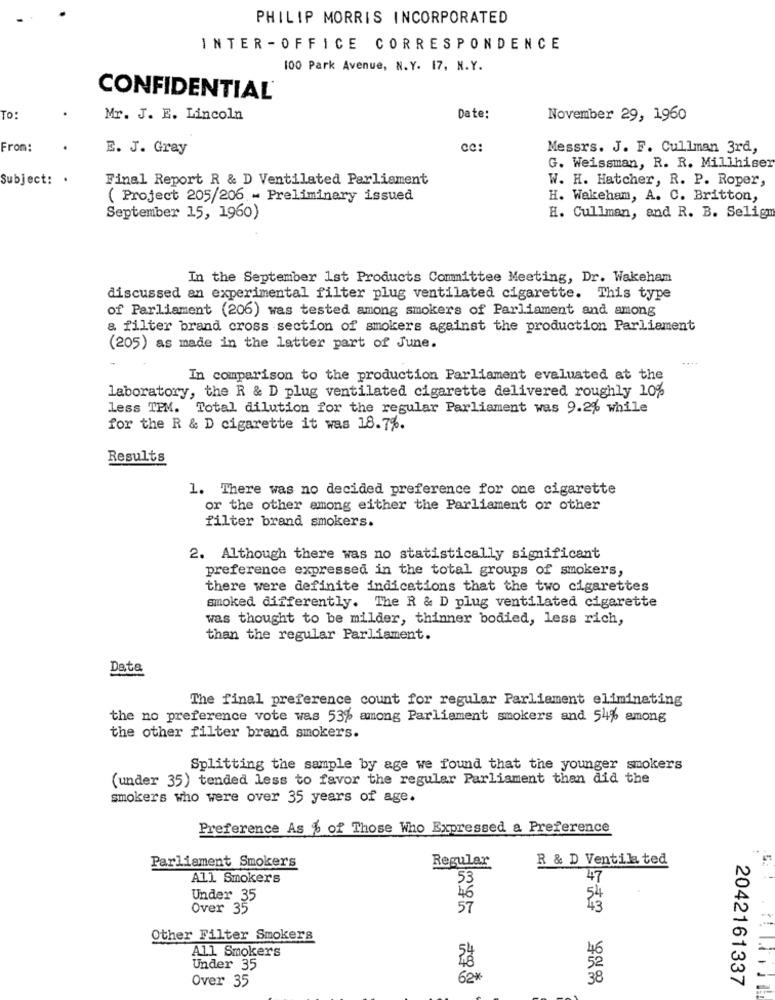
PHILIP MORRIS INCORPORATED
INTER-OFFICE CORRESPONDENCE
100 Park Avenue, N.Y. 17, N.Y.
CONFIDENTIAL
TO:
Mr. J. E. Lincoln
Date:
November 29, 1960
From:
E. J. Gray
Messrs. J. F. Cullman 3rd,
G. Weissman, R. R. Millhiser
Subject: .
Final Report R & D Ventilated Parliament
W. H. Hatcher, R. P. Roper,
( Project 205/206 - Preliminary issued
H. Wakeham, A. C. Britton,
September 15, 1960)
H. Cullman, and R. B. Selig
In the September 1st Products Committee Meeting, Dr. Wakeham
discussed an experimental filter plug ventilated cigarette. This type
of Parliament (206) was tested among smokers of Parliament and among
a filter brand cross section of smokers against the production Parliament
(205) as made in the latter part of June.
In comparison to the production Parliament evaluated at the
laboratory, the R & D plug ventilated cigarette delivered roughly 10%
less TFM. Total dilution for the regular Parliament was 9.2% while
for the R & D cigarette it was 18.7%.
Results
1. There was no decided preference for one cigarette
or the other among either the Parliament or other
filter brand smokers.
2. Although there was no statistically significant
preference expressed in the total groups of smokers,
there were definite indications that the two cigarettes
smoked differently. The R & D plug ventilated cigarette
was thought to be milder, thinner bodied, less rich,
than the regular Parliament.
Data
The final preference count for regular Parliament eliminating
the no preference vote was 53% among Parliament smokers and 54% among
the other filter brand smokers.
Splitting the sample by age we found that the younger smokers
(under 35) tended less to favor the regular Parliament than did the
smokers who were over 35 years of age.
Preference As % of Those Who Expressed a Preference
R & D Ventila ted
Parliament Smokers
Regular
All Smokers
53
47
Under 35
46
Over 35
57
Other Filter Smokers
All Smokers
52
Under 35
Over 35
62*
38
2042161337